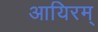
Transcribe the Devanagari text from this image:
आयिरम्